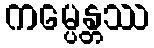
ကမ္ပေန္တဿ